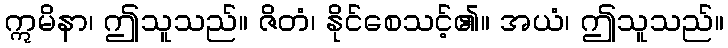
ဣမိနာ၊ ဤသူသည်။ ဇိတံ၊ နိုင်စေသင့်၏။ အယံ၊ ဤသူသည်။